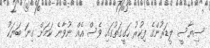
ސިޔާސީ ލީޑަރުންގެ ފިކުރު ހަގީގަތުގައި ވެސް އެއް ނުވާނެ ކަމަށް ގިނަ ބަޔަކު